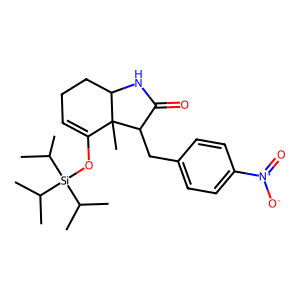
SMILES: CC(C)[Si](OC1=CCCC2NC(=O)C(Cc3ccc([N+](=O)[O-])cc3)C12C)(C(C)C)C(C)C
Inhibits HIV replication: No